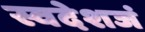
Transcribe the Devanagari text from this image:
स्वदेशजं